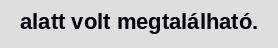
alatt volt megtalálható.